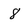
Character: 8